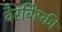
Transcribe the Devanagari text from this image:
वैरबिंस्की